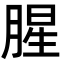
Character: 腥